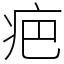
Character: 疤